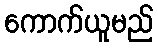
ကောက်ယူမည်